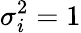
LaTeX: \sigma_{i}^{2}=1